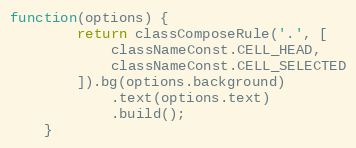
Language: JavaScript
function(options) {
        return classComposeRule('.', [
            classNameConst.CELL_HEAD,
            classNameConst.CELL_SELECTED
        ]).bg(options.background)
            .text(options.text)
            .build();
    }